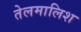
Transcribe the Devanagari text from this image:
तेलमालिश